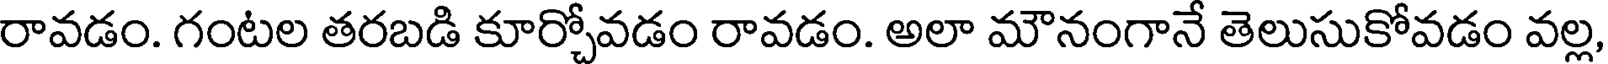
రావడం. గంటల తరబడి కూర్చోవడం రావడం. అలా మౌనంగానే తెలుసుకోవడం వల్ల